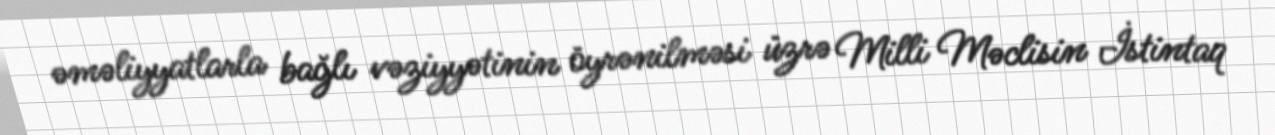
əməliyyatlarla bağlı vəziyyətinin öyrənilməsi üzrə Milli Məclisin İstintaq